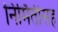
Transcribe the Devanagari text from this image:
निर्मितीसह